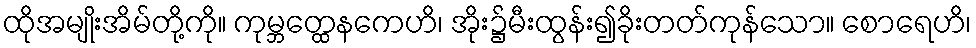
ထိုအမျိုးအိမ်တို့ကို။ ကုမ္ဘတ္ထေနကေဟိ၊ အိုး၌မီးထွန်း၍ခိုးတတ်ကုန်သော။ စောရေဟိ၊